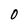
Character: O